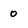
Character: o